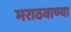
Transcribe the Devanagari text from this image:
मराठवाण्या